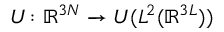
U \colon \mathbb { R } ^ { 3 N } \to { \cal U } ( L ^ { 2 } ( \mathbb { R } ^ { 3 L } ) )